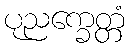
ပုညက္ခေတ္တံ